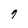
Character: q